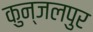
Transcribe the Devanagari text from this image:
कुन्जलपुर